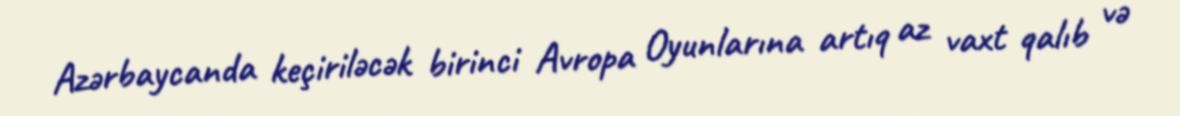
Azərbaycanda keçiriləcək birinci Avropa Oyunlarına artıq az vaxt qalıb və